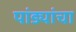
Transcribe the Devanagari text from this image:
पांड्यांचा